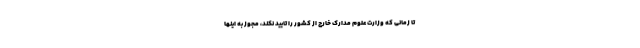
تا زمانی که وزارت علوم مدارک خارج از کشور را تایید نکند، مجوز به اینها